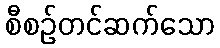
စီစဉ်တင်ဆက်သော